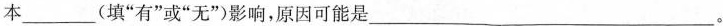
本___(填”有”或”无”)影响，原因可能是___。